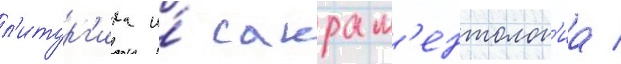
л'итург'ика и́ сакрам'ентолог'иа /